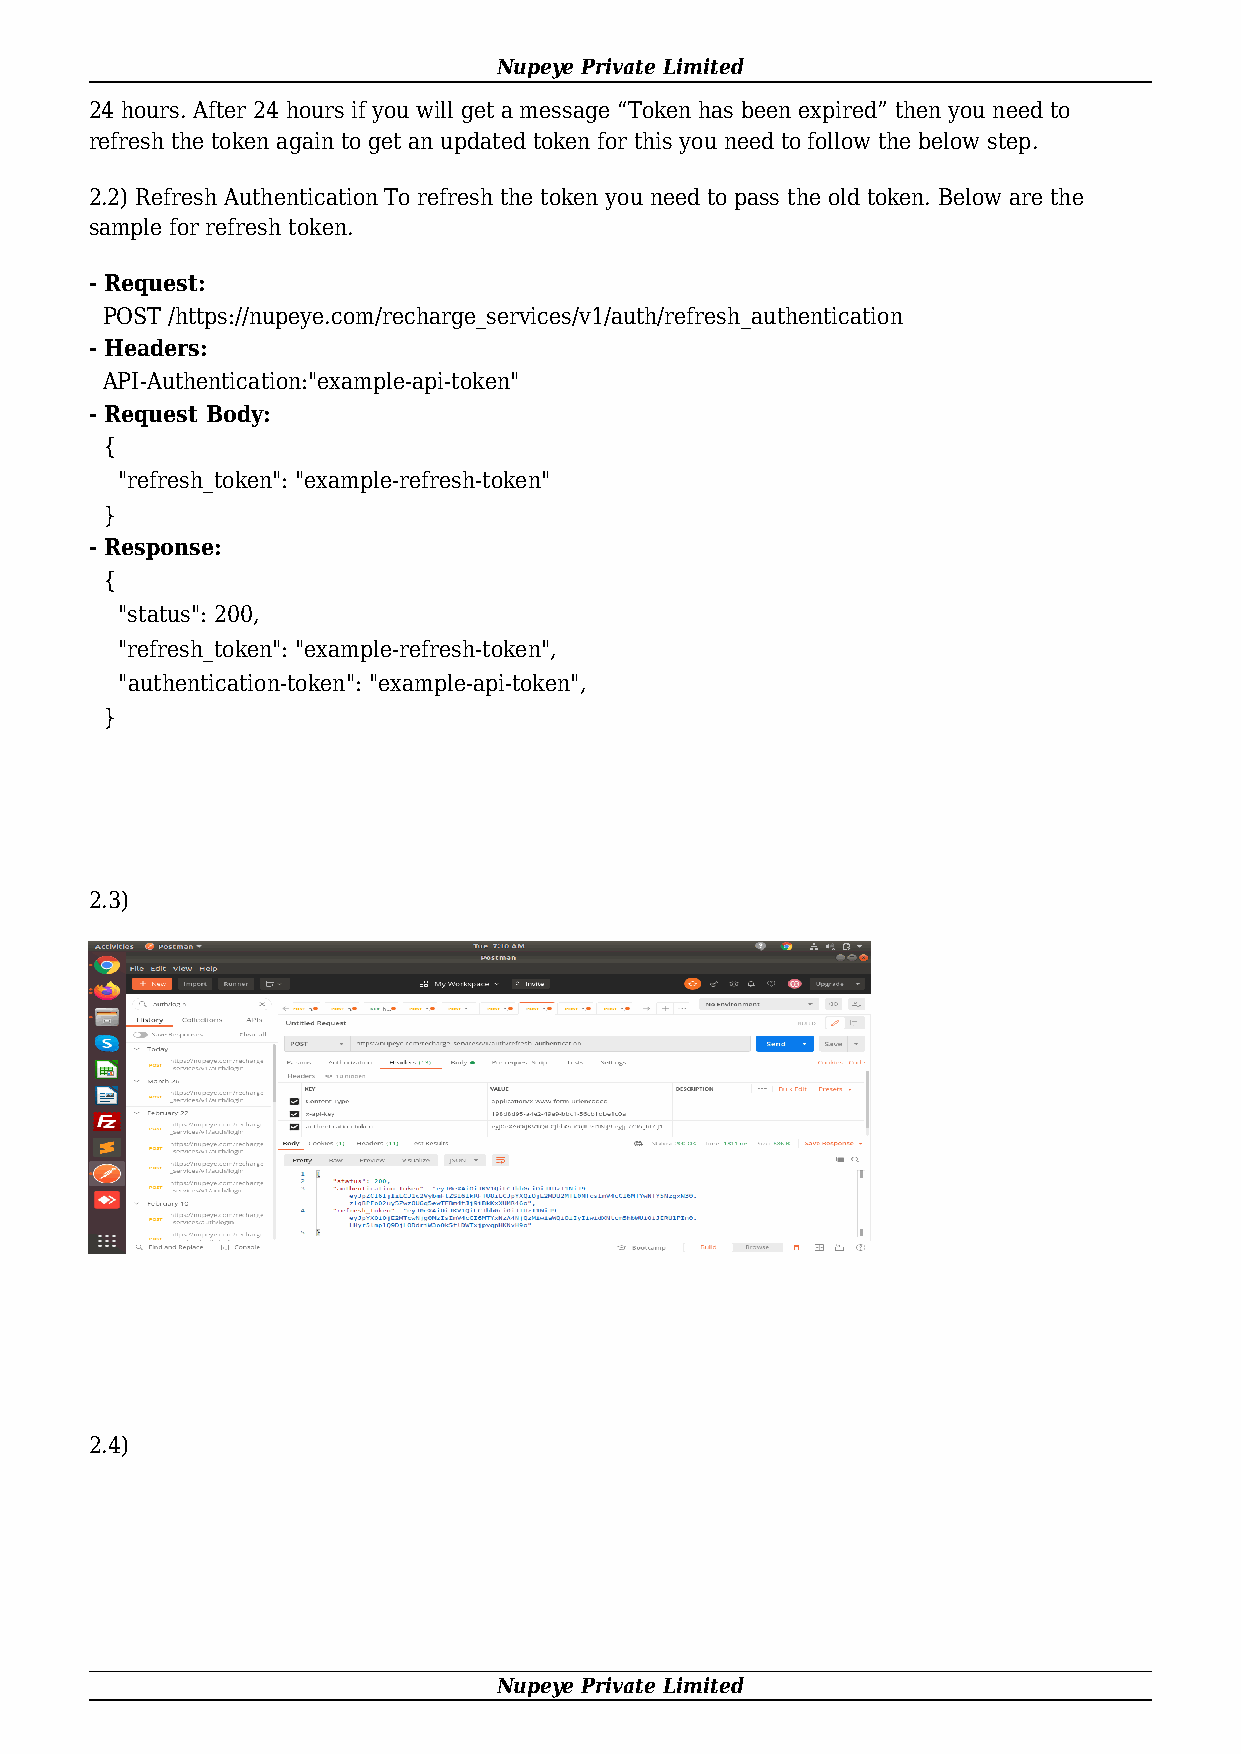
Nupeye Private Limited
 24 hours. After 24 hours if you will get a message “Token has been expired” then you need to
 refresh the token again to get an updated token for this you need to follow the below step.
 2.2) Refresh Authentication To refresh the token you need to pass the old token. Below are the
 sample for refresh token.
 - Request:
 POST /https://nupeye.com/recharge_services/v1/auth/refresh_authentication
 - Headers:
 API-Authentication:"example-api-token"
 - Request Body:
 {
 "refresh_token": "example-refresh-token"
 }
 - Response:
 {
 "status": 200,
 "refresh_token": "example-refresh-token",
 "authentication-token": "example-api-token",
 }
 2.3)
 2.4)
 Nupeye Private Limited